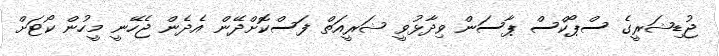
ޖުޑިޝަރީގެ ސްޕޯކްސް ޕާސަން ވިދާޅުވީ ޝަރީއަތް ފަސްކޮށްދޭން އެދެން ޖެހޭނީ މީހުން ކޯޓަށް